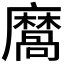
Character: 𪎩